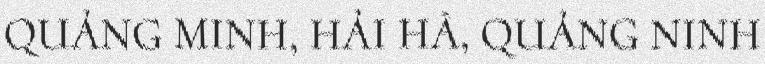
QUẢNG MINH, HẢI HÀ, QUẢNG NINH